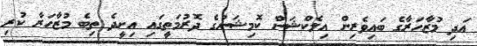
އަދި މުޒާހަރާގެ ބައިވެރިން އިލެކްޝަން ކޮމިޝަނުގެ ދޮރުމަތީގައި އިށީދެ ތިބެ މުޒާހަރާ ކުރި